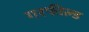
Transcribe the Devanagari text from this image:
गरफील्ड